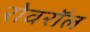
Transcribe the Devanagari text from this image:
रोवरॉल